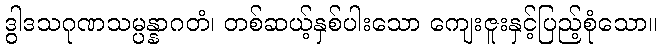
ဒွါဒသဂုဏသမ္ပန္နာဂတံ၊ တစ်ဆယ့်နှစ်ပါးသော ကျေးဇူးနှင့်ပြည့်စုံသော။